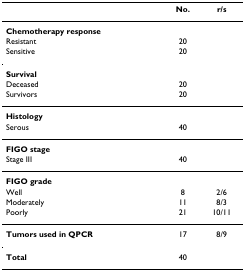
|  | No. | r/s |
 | --- | --- | --- |
 | Chemotherapy response |  |  |
 | Resistant | 20 |  |
 | Sensitive | 20 |  |
 | Survival |  |  |
 | Deceased | 20 |  |
 | Survivors | 20 |  |
 | Histology |  |  |
 | Serous | 40 |  |
 | FIGO stage |  |  |
 | Stage III | 40 |  |
 | FIGO grade |  |  |
 | Well | 8 | 2/6 |
 | Moderately | 11 | 8/3 |
 | Poorly | 21 | 10/11 |
 | Tumors used in QPCR | 17 | 8/9 |
 | Total | 40 |  |